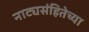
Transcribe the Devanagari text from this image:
नाट्यसंहितेच्या